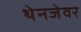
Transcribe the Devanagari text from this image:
थेनजेवर